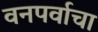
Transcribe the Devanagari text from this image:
वनपर्वाचा